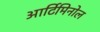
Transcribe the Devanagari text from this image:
आर्टिमिनोल